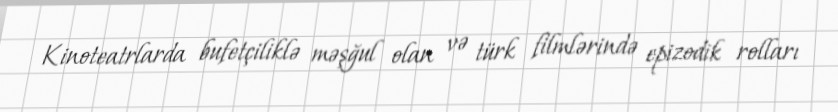
Kinoteatrlarda bufetçiliklə məşğul olan və türk filmlərində epizodik rolları